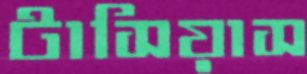
টাসিয়াস